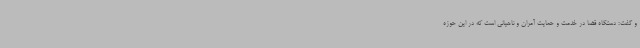
و گفت: دستگاه قضا در خدمت و حمایت آمران و ناهیانی است که در این حوزه